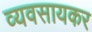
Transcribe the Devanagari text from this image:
व्यवसायकर